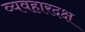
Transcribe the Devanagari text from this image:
व्यवहारदक्ष